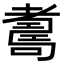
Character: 𦓃